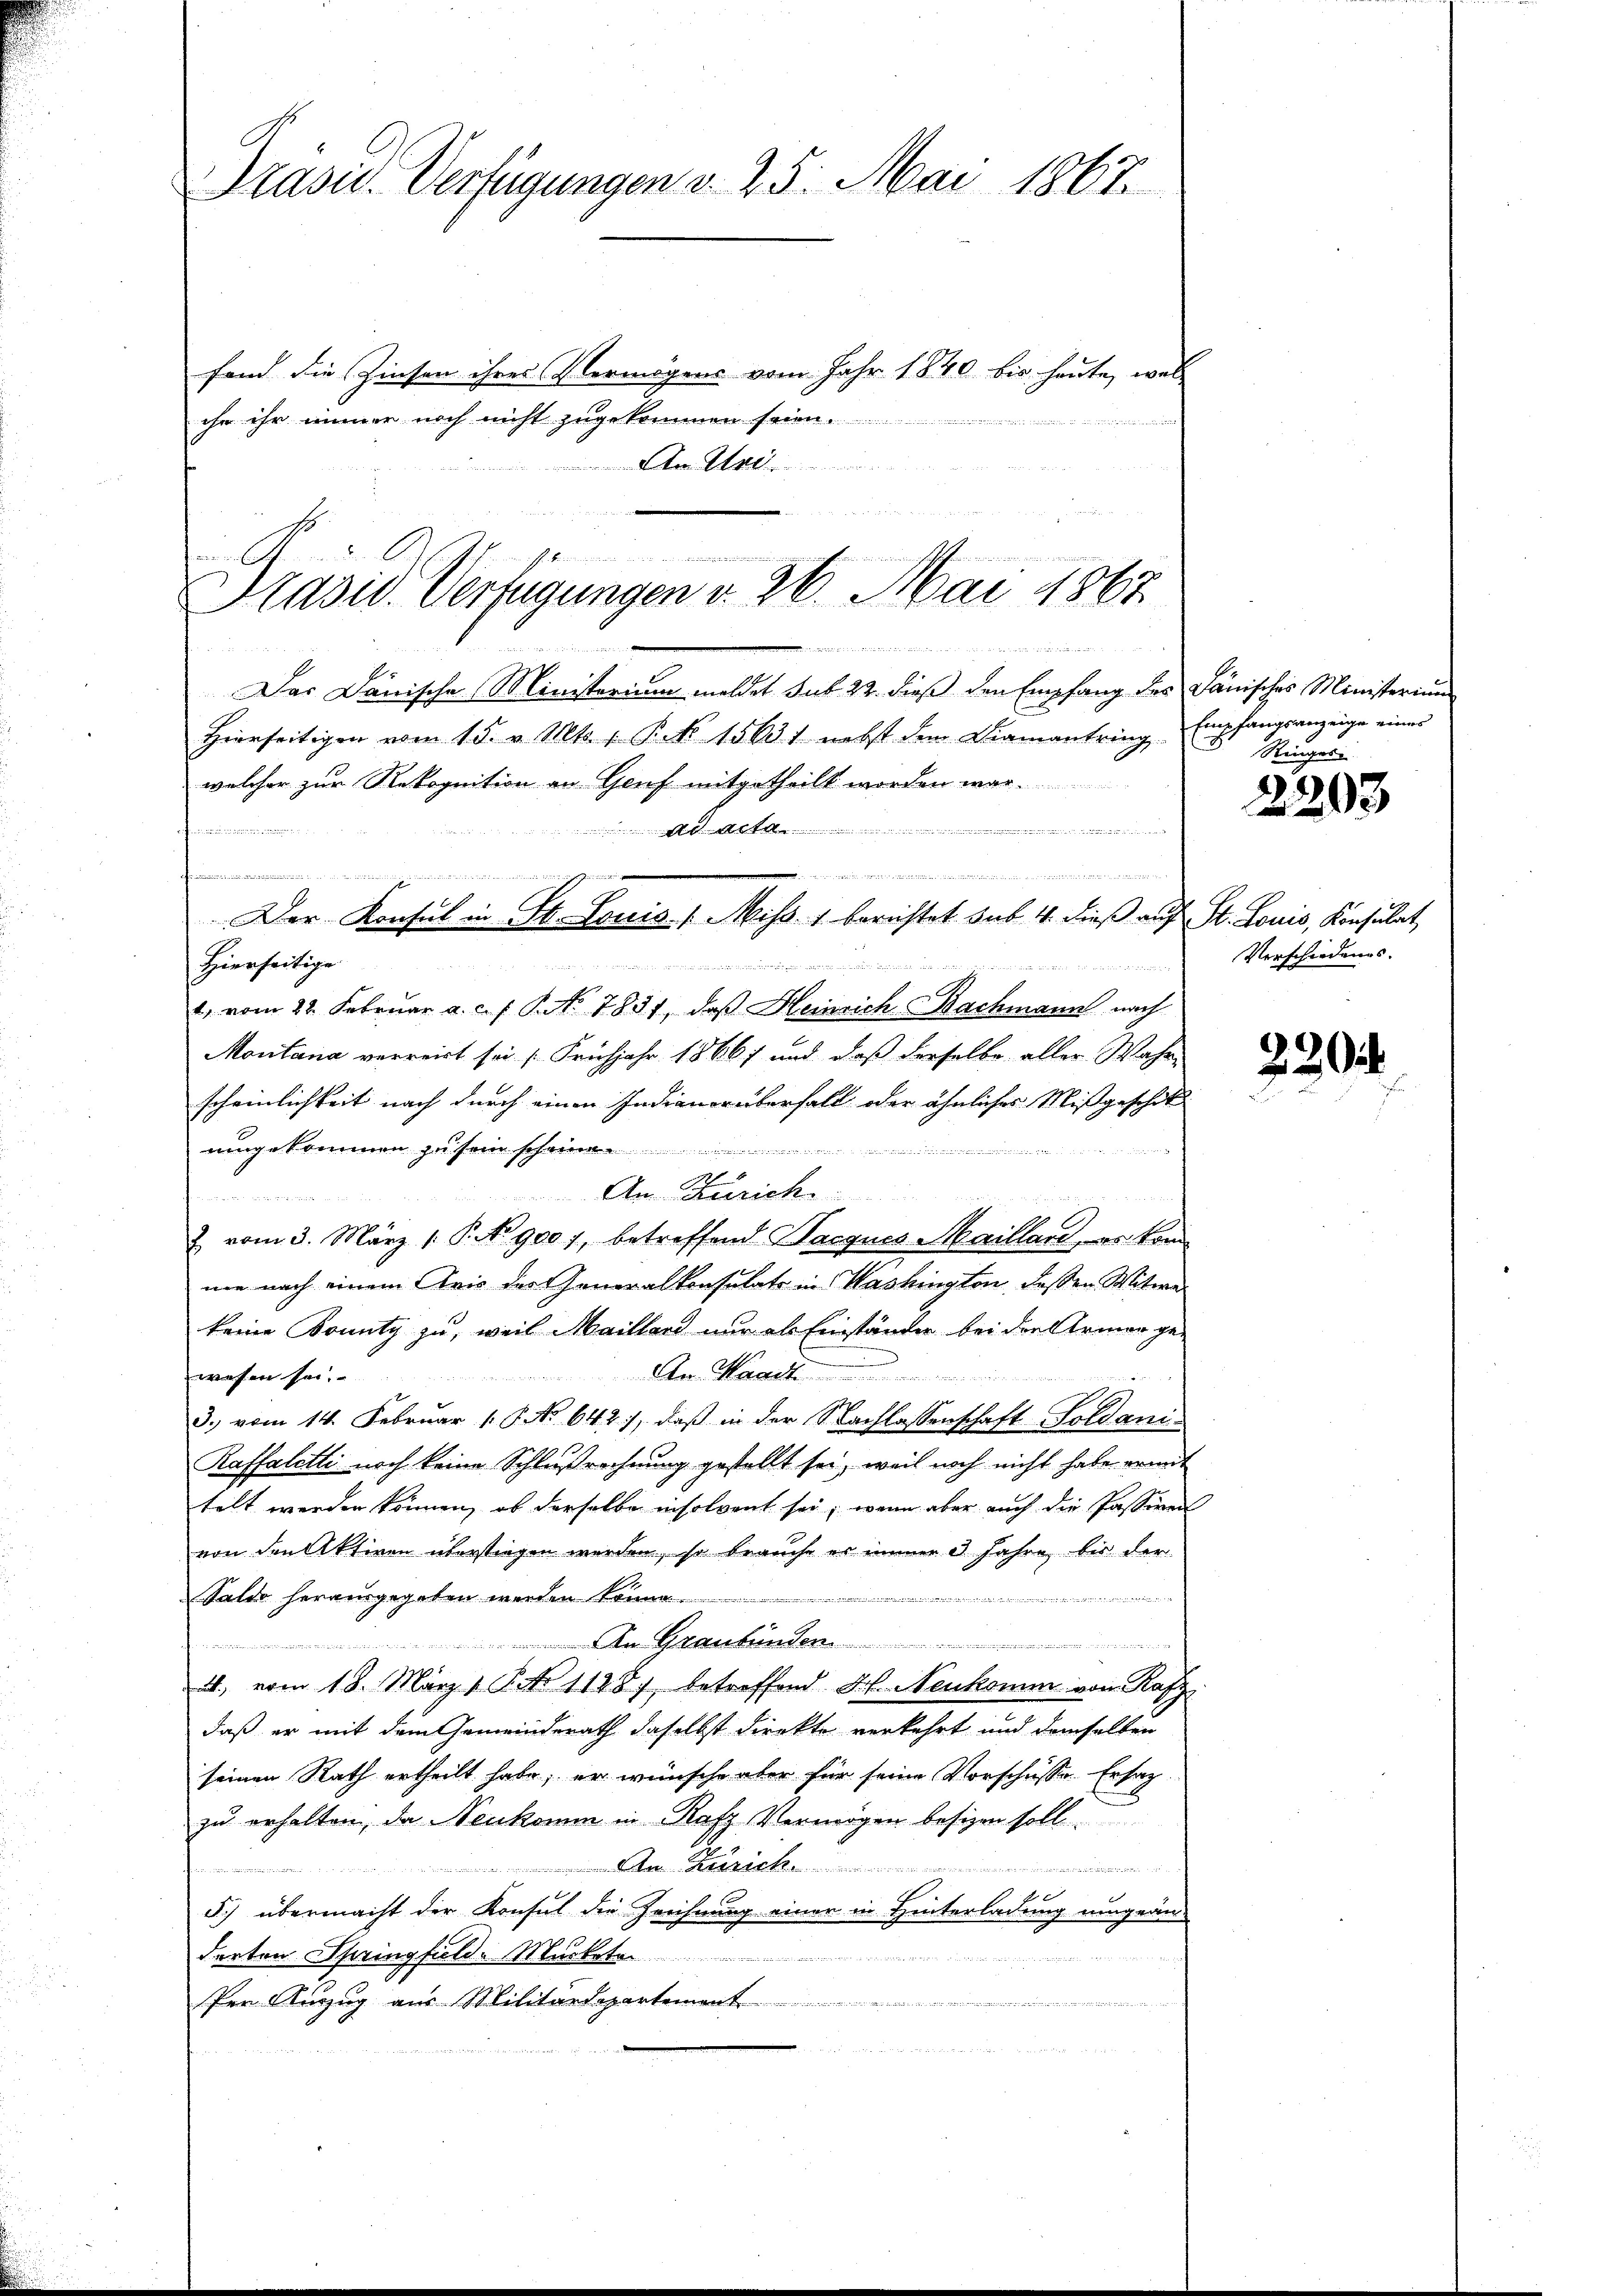
Prasis. Verfügungen v. 25. Mai 1867.

fand die Zinsen ihres Vermögens vom Jahr 1840 bis heute, wel
ihe ihr immer noch nicht zugekommen s

 Walteramer
 44 der
u
l
Eh
Präsid. Verfügungen v. 26. Mai 1867

de
Das Dänische Ministerium meldet sub 22. dieß den Empfang des Janisches Ministerium
Hierseitigen vom 15. v. Mts. 1 Pkt. 15631 nebst dem Diamantring
welcher zur Rekognition an Genf mitgetheilt worden war.
                       der

Hierseitige

e
   der der
1, vom 22. Februar a. c. f. P. No. 7831, daß Heinrich Bachmann nach
Montana verreist sei. (Frühjahr 18667 und daß derselbe aller Wahr-
scheinlichkeit nach durch einen Indianer überfall oder ähnliches Mißgeschik
uingekommen zu sein

Am Zürich
u
2. vom 3. März 1. P. No 9001, betreffend Parques Marilland, es kon
nie nach einem Kris der Generalkonsulats in Washington dessen Witwe
keine Sonntg zu, weil Maillard nur als Einständer bei den Armer ge-
An. Waadt
wesen sei.
3. vom 14. Februar 18. No 642, daß in der Nachlassenschaft-Soldani¬
Raffaletti noch keine Schlußrechnung gestellt sei, weil noch nicht habe ermit
telt werden können, ob derselbe insolvent sei, wenn aber auch die Passiven
von den Aktiven überstiegen werden, so brauche er immer 3 Jahre bis der
Saldo herausgegeben werden könne.
a
 den
 Graubünden
4., vom 18. März 1 S. 11287, betreffend Frl. Neukomm von Rafz
daß er mit dem Gemeinderath daselbst direkte verkehrt und demselben
seinen Rath ertheilt habe; er wünsche aber für seine Vorschüsse. Ersatz-
zu erhalten, da Venkomm in Rafz Vermögen besizen soll.
Krank

d.) übermacht der Konsul die Zeichnung einer in Hinterladung umgeän-
derten Springfielde Murkato
Per Auszug aus Militärdepartement

L. Finandern ei
  sich da
Der Konsul in St. Louis 1. Miss. 1. bereistet sub. 4. dieß auf St. Louis, Konsulat,

Empfangsanzeige eines
Ringes

2203

Verschiedungs-

220.